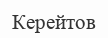
Керейтов